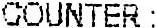
COUNTER :